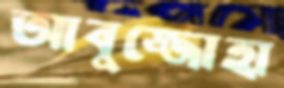
আবুজ্জোহা